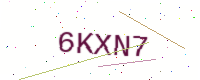
Text: 6KXN7